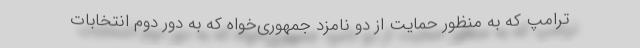
ترامپ که به منظور حمایت از دو نامزد جمهوری‌خواه که به دور دوم انتخابات